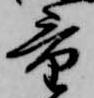
量